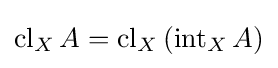
\operatorname {cl} _{X}A=\operatorname {cl} _{X}\left(\operatorname {int} _{X}A\right)